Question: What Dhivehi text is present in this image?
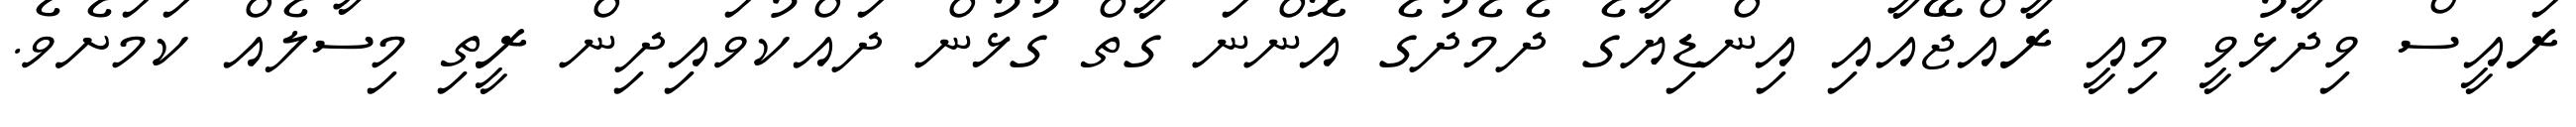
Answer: ރައީސް ވިދާޅުވީ މިއީ ރާއްޖޭއާއި އިންޑިޔާގެ ދެމެދުގެ އޮންނަ ގާތް ގުޅުން ދައްކުވައިދިން ރީތި މިސާލެއް ކަމަށެވެ.